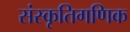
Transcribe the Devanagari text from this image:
संस्कृतिगणिक